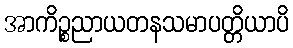
အာကိဉ္စညာယတနသမာပတ္တိယာပိ